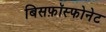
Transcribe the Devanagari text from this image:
बिसफ़ॉस्फोनेट